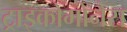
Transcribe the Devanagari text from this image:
ट्राइकोमोनैस